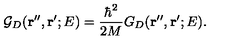
{ \mathcal G } _ { D } ( { \bf r ^ { \prime \prime } } , { \bf r ^ { \prime } } ; E ) = \frac { \hbar ^ { 2 } } { 2 M } G _ { D } ( { \bf r ^ { \prime \prime } } , { \bf r ^ { \prime } } ; E ) .